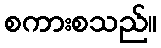
စကားစသည်။